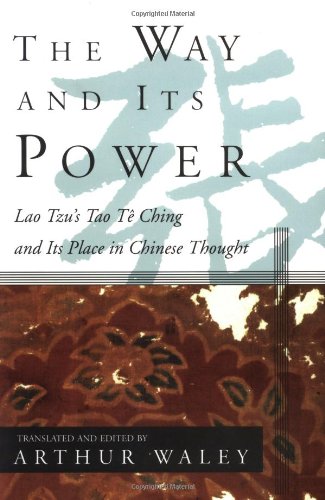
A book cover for The Way and Its Power: Lao Tzu's Tao Te Ching and Its Place in Chinese Thought (UNESCO collection of representative works); Lao Tzu; Religion & Spirituality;